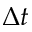
\Delta t